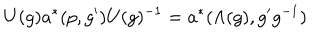
LaTeX: U ( g ) a ^ { * } ( p , g ^ { \prime } ) U ( g ) ^ { - 1 } = a ^ { * } ( \Lambda ( g ) , g ^ { \prime } g ^ { - 1 } )